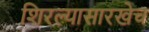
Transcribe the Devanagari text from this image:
शिरल्यासारखेच